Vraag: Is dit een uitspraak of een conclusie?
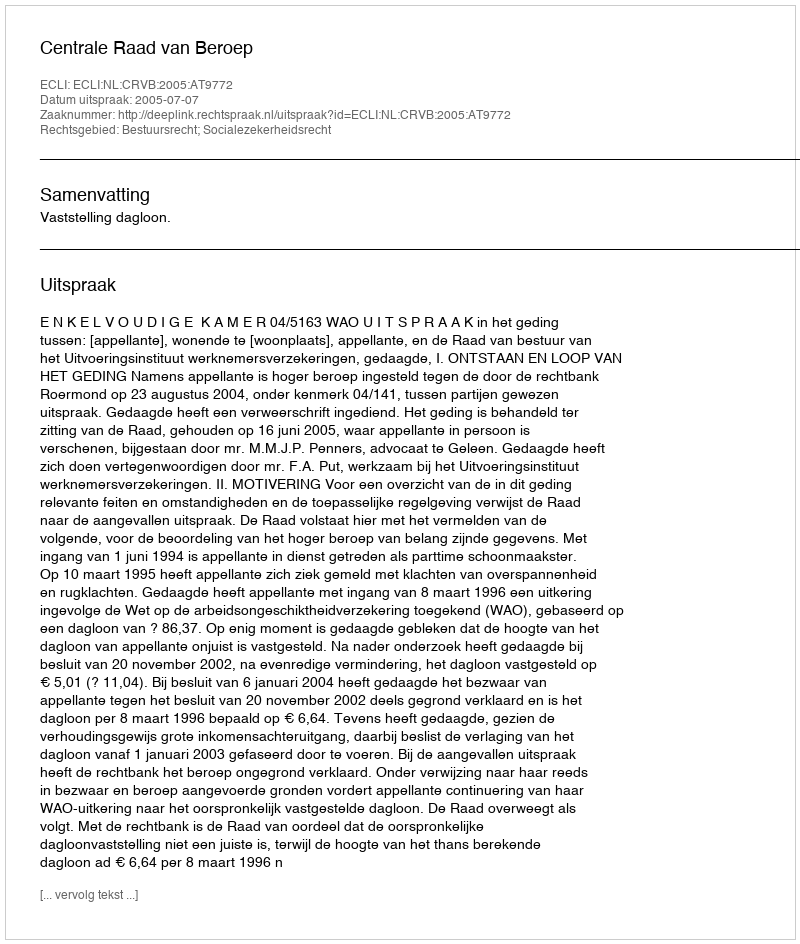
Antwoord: Uitspraak